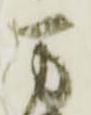
万